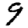
Digit: 9